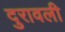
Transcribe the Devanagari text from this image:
दुरावली